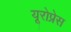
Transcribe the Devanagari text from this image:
यूरोप्रेस